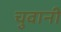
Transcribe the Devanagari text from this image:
चुवानी